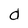
Character: d